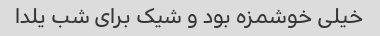
خیلى خوشمزه بود و شیک براى شب یلدا